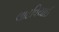
લાટવિયાઈ